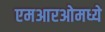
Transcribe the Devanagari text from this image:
एमआरओमध्ये